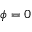
\phi = 0